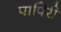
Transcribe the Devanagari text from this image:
पापिरी